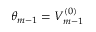
\theta _ { m - 1 } = V _ { m - 1 } ^ { ( 0 ) }